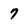
Character: 7